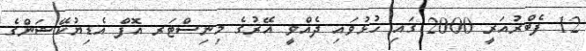
12 ފެބްރުއަރީ 2000 ގައި ހުޅުވައި ދެއްވީ އޭރުގެ މިނިސްޓަރ އޮފް އެޑިޔުކޭޝަންގެ